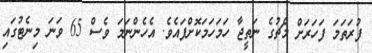
ފުރަތަމަ ފަހަރަށް މެޗުގެ ނަތީޖާ ހަމަހަމަކޮށްފައެވެ. އެހެންނަމަ ވެސް 65 ވަނަ މިނެޓުގައި